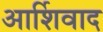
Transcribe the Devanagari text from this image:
आर्शिवाद